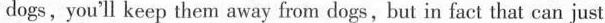
dogs, you'll keep them away from dogs, but in fact that can just